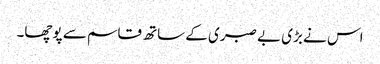
اس نے بڑی بے صبری کے ساتھ قاسم سے پوچھا۔